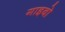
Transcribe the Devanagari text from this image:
गाइबो